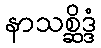
နာသစ္ဆိဒ္ဒံ